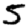
Digit: 5